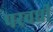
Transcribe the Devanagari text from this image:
परवर्धी